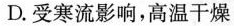
D.受寒流影响，高温干燥